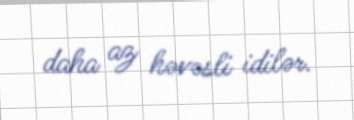
daha az həvəsli idilər.